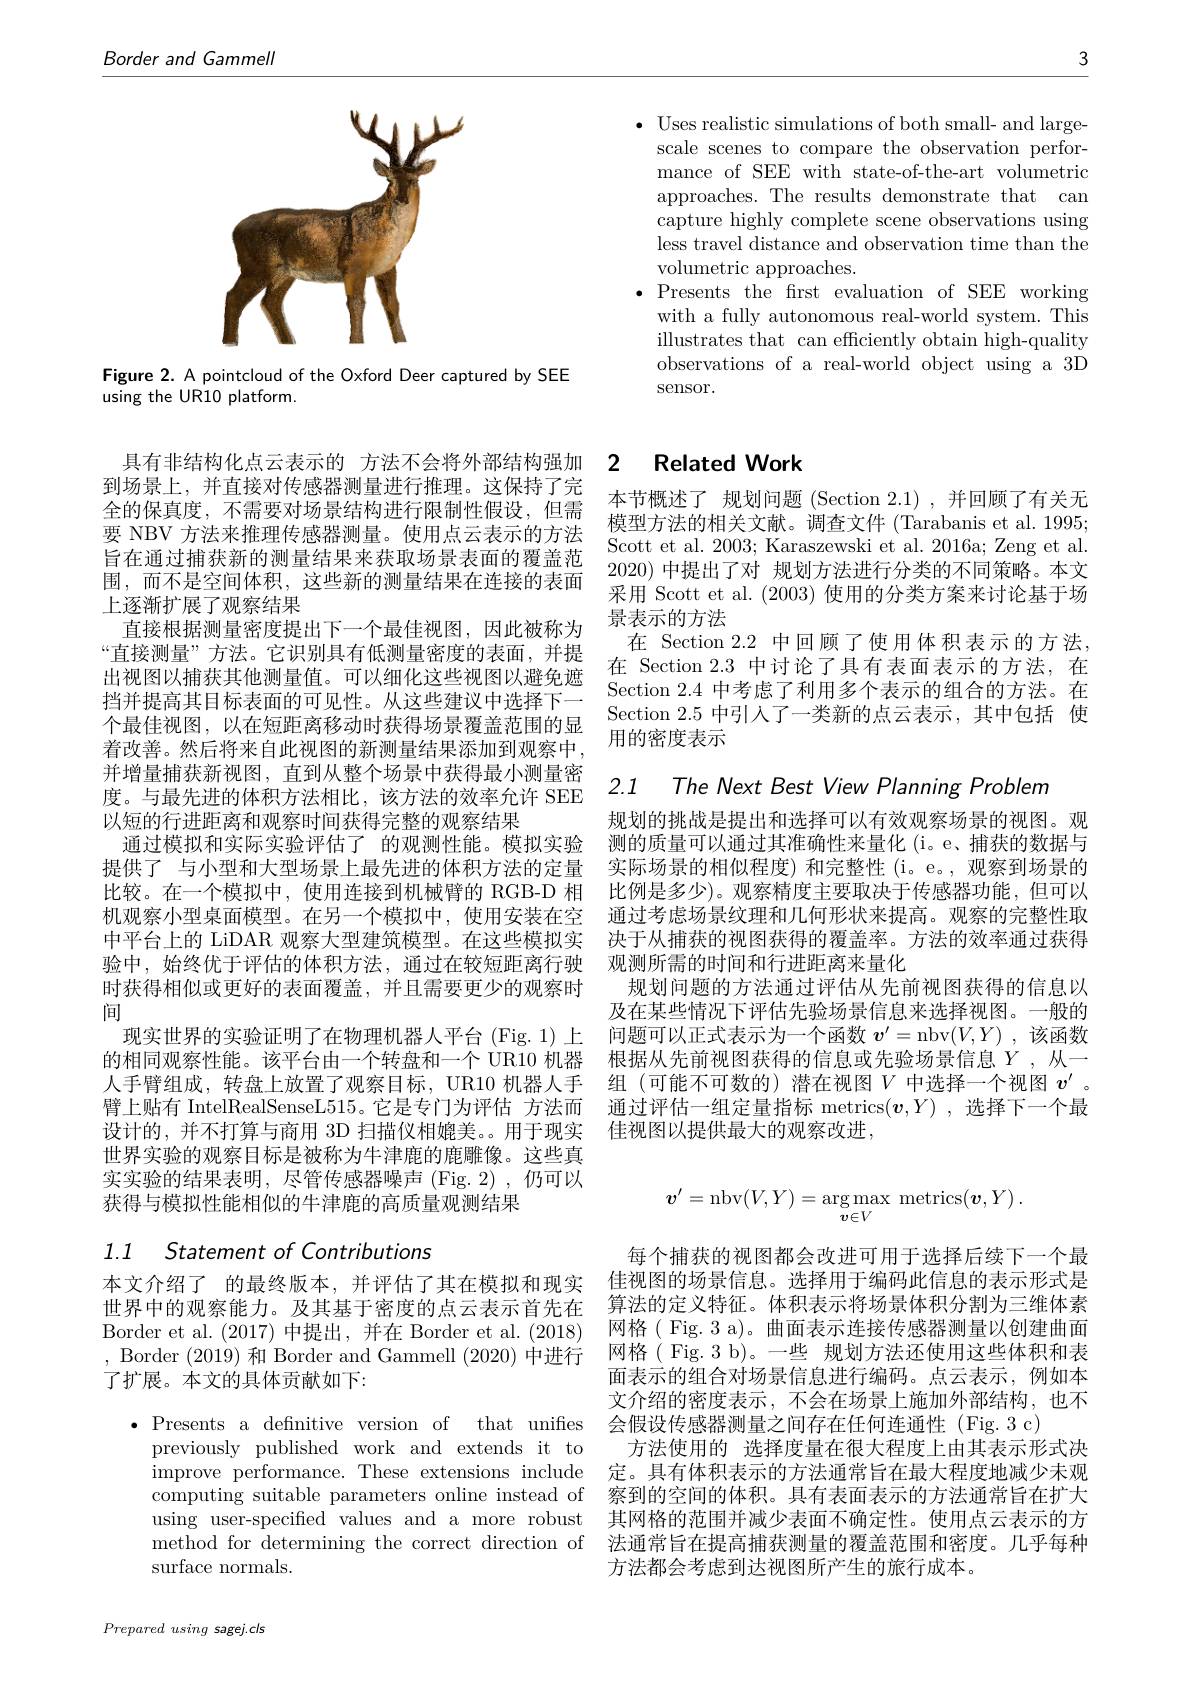
3

$\bullet$ Uses realistic simulations of both small- and large-
scale scenes to compare the observation performance of SEE with state-of-the-art volumetric approaches. The results demonstrate that can capture highly complete scene observations using less travel distance and observation time than the volumetric approaches.
$\bullet$Presents the first evaluation of SEE working
with a fully autonomous real-world system. This illustrates that can efficiently obtain high-quality observations of a real-world object using a 3D sensor.

Border and Gammell

<FigureHere>

Figure 2. A pointcloud of the Oxford Deer captured by SEE
using the UR10 platform.

到场景上，并直接对传感器测量进行推理。这保持了完全的保真度，不需要对场景结构进行限制性假设，但需围，而不是空间体积，这些新的测量结果在连接的表面上逐渐扩展了观察结果
直接根据测量密度提出下一个最佳视图，因此被称为“直接测量”方法。它识别具有低测量密度的表面，并提出视图以捕获其他测量值。可以细化这些视图以避免遮挡并提高其目标表面的可见性。从这些建议中选择下一个最佳视图，以在短距离移动时获得场景覆盖范围的显着改善。然后将来自此视图的新测量结果添加到观察中， 并增量捕获新视图，直到从整个场景中获得最小测量密度。与最先进的体积方法相比，该方法的效率允许 SEE 以短的行进距离和观察时间获得完整的观察结果
通过模拟和实际实验评估了 的观测性能。模拟实验提供了 与小型和大型场景上最先进的体积方法的定量比较。在一个模拟中，使用连接到机械臂的 RGB-D 相机观察小型桌面模型。在另一个模拟中，使用安装在空中平台上的 LiDAR 观察大型建筑模型。在这些模拟实验中，始终优于评估的体积方法，通过在较短距离行驶时获得相似或更好的表面覆盖，并且需要更少的观察时间
现实世界的实验证明了在物理机器人平台(Fig. 1)上的相同观察性能。该平台由一个转盘和一个 UR10 机器人手臂组成，转盘上放置了观察目标，UR10 机器人手臂上贴有 IntelRealSenseL515。它是专门为评估 方法而设计的，并不打算与商用 3D 扫描仪相媲美。用于现实世界实验的观察目标是被称为牛津鹿的鹿雕像。这些真实实验的结果表明，尽管传感器噪声 (Fig. 2),仍可以获得与模拟性能相似的牛津鹿的高质量观测结果

# 1.1 Statementof Contributions

本文介绍了 的最终版本，并评估了其在模拟和现实世界中的观察能力。及其基于密度的点云表示首先在Border et al. (2017)中提出，并在 Border et al.(2018) , Border (2019)和 Border and Gammell (2020)中进行了扩展。本文的具体贡献如下：

$\bullet$ Presents a defnitive version of that unifies
previously published work and extends it to computing suitable parameters online instead of surface normals.

Prepared using sagej.cls

# 具有非结构化点云表示的 方法不会将外部结构强加 2 Related Work

本节概述了 规划问题 (Section 2.1) ,并回顾了有关无模型方法的相关文献。调查文件 (Tarabanis et al. 1995;
要 NBV 方法来推理传感器测量。使用点云表示的方法 Scott et al. 2003; Karaszewski et al. 2016a; Zeng et al.
2020)中提出了对 规划方法进行分类的不同策略。本文采用 Scott et al. (2003) 使用的分类方案来讨论基于场景表示的方法
在 Section 2.2 中回顾了使用体积表示的方法， 在 Section 2.3 中讨论了具有表面表示的方法、在Section 2.4 中考虑了利用多个表示的组合的方法。在Section 2.5 中引入了一类新的点云表示，其中包括 使用的密度表示

2.1 The Next Best View Planning Problem

规划的挑战是提出和选择可以有效观察场景的视图。观测的质量可以通过其准确性来量化 (i。e、捕获的数据与实际场景的相似程度)和完整性(i。e。,观察到场景的比例是多少)。观察精度主要取决于传感器功能，但可以通过考虑场景纹理和几何形状来提高。观察的完整性取决于从捕获的视图获得的覆盖率。方法的效率通过获得观测所需的时间和行进距离来量化
规划问题的方法通过评估从先前视图获得的信息以及在某些情况下评估先验场景信息来选择视图。一般的问题可以正式表示为一个函数$v^\prime=$nbv$(V,Y)$ ,该函数根据从先前视图获得的信息或先验场景信息$Y$,从一组 (可能不可数的) 潜在视图$V$中选择一个视图$v^{\prime}$ 。通过评估一组定量指标 metrics$(\boldsymbol{v},Y)$ ,选择下一个最佳视图以提供最大的观察改进，
$$\boldsymbol{v}'=\mathrm{nbv}(V,Y)=\underset{\boldsymbol{v}\in V}{\operatorname*{\arg\max}}\:\mathrm{metrics}(\boldsymbol{v},Y)\:.$$
每个捕获的视图都会改进可用于选择后续下一个最佳视图的场景信息。选择用于编码此信息的表示形式是算法的定义特征。体积表示将场景体积分割为三维体素网格( Fig. 3 a)。曲面表示连接传感器测量以创建曲面网格( Fig.3 b)。一些 规划方法还使用这些体积和表面表示的组合对场景信息进行编码。点云表示，例如本文介绍的密度表示，不会在场景上施加外部结构，也不会假设传感器测量之间存在任何连通性 (Fig.3 c)
方法使用的 选择度量在很大程度上由其表示形式决
improve performance. These extensions include 定。具有体积表示的方法通常旨在最大程度地减少未观
察到的空间的体积。具有表面表示的方法通常旨在扩大
using user-specified values and a more robust 其网格的范围并减少表面不确定性。使用点云表示的方method for determining the correct direction of 法通常旨在提高捕获测量的覆盖范围和密度。几乎每种
方法都会考虑到达视图所产生的旅行成本。